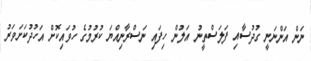
ނަން އަންނަނީ ގުދުސާއި ފަލަސްތީނު އަލުން ހިފައި ނަސްރާނިއްޔަ ކުރުމުގެ ހުވައިކޮށް އަހުދުކަށަވަރު